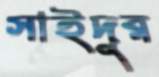
সাইদুর